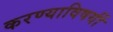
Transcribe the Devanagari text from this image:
करण्याविषयीं